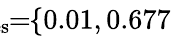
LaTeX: \! \! \! \! \! \! \! \overline{{\lambda}}_{\mathrm{{res}}}\! \! =\! \! \{ 0.01,0.677\} \! \! \!